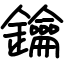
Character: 鑰